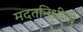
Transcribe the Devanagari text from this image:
मदतनिधीची